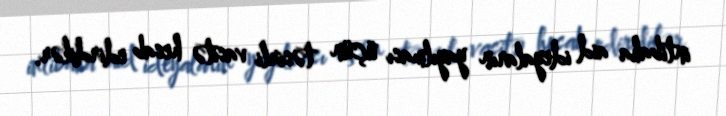
intibaha aid ideyaların yayılması üçün təsirli vasitə hesab edirdilər.